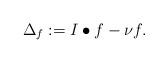
LaTeX: \begin{align*} \Delta_f:=I\bullet f-\nu f.\end{align*}